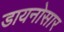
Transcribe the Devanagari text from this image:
डायनोसार